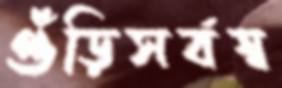
গুঁড়িসর্বস্ব